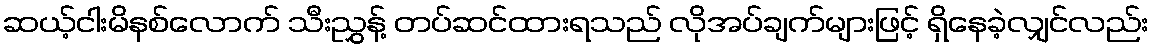
ဆယ့်ငါးမိနစ်လောက် သီးညွှန့် တပ်ဆင်ထားရသည် လိုအပ်ချက်များဖြင့် ရှိနေခဲ့လျှင်လည်း